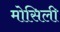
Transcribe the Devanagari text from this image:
मोसिली